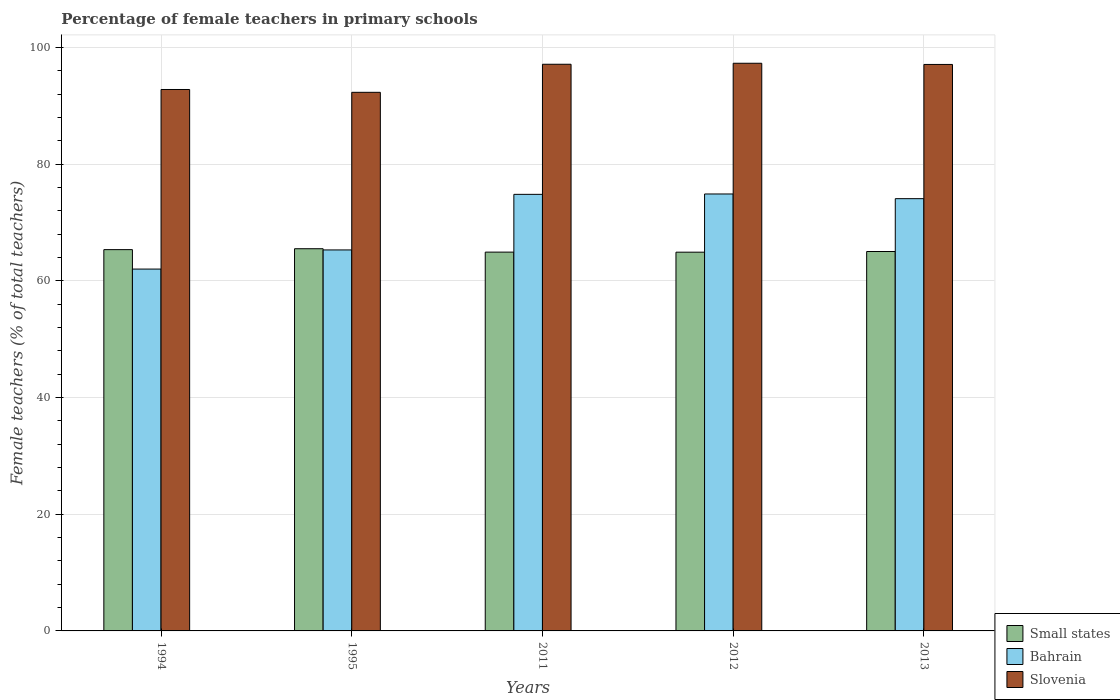
| Years | Small states | Bahrain | Slovenia |
 | --- | --- | --- | --- |
 | 1994 | 65.4 | 62 | 92.8 |
 | 1995 | 65.5 | 65.3 | 92.3 |
 | 2011 | 64.9 | 74.8 | 97.1 |
 | 2012 | 64.9 | 74.9 | 97.3 |
 | 2013 | 65 | 74.1 | 97.1 |